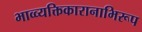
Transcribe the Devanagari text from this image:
भाव्व्यक्तिकारानाभिरूप